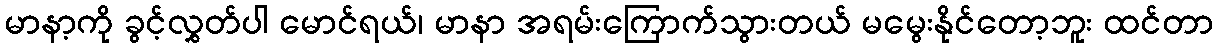
မာနာ့ကို ခွင့်လွှတ်ပါ မောင်ရယ်၊ မာနာ အရမ်းကြောက်သွားတယ် မမွေးနိုင်တော့ဘူး ထင်တာ